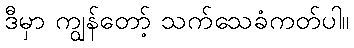
ဒီမှာ ကျွန်တော့် သက်သေခံကတ်ပါ။